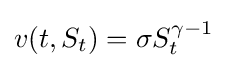
v(t,S_{t})=\sigma S_{t}^{\gamma -1}